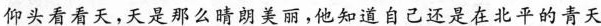
仰头看看天，天是那么晴朗美丽，他知道自己还是在北平的青天